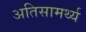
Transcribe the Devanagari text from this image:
अतिसामर्थ्य